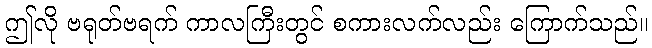
ဤလို ဗရုတ်ဗရက် ကာလကြီးတွင် စကားလက်လည်း ကြောက်သည်။